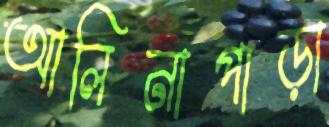
আলিনাপাড়া